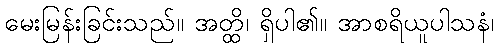
မေးမြန်းခြင်းသည်။ အတ္ထိ၊ ရှိပါ၏။ အာစရိယူပါသနံ၊